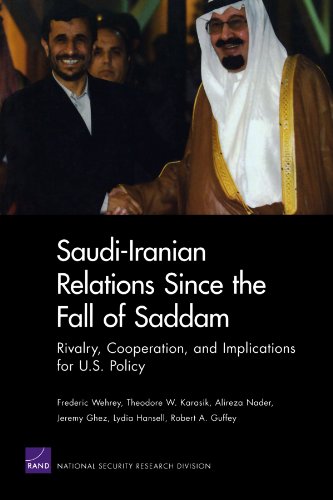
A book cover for Saudi-Iranian Relations Since the Fall of Saddam: Rivalry, Cooperation, and Implications for U.S. Policy; Frederic Wehrey; History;